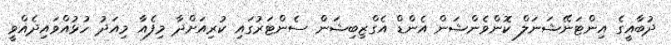
ދުބާއީގެ އިންޓަނޭޝަނަލް ކޮންވެންޝަން އެންޑް އެގްޒިބިޝަން ސެންޓަރުގައި ކުރިއަށްދާ މިފެއާ މިއަދު ހުޅުއްވައިދެއްވީ